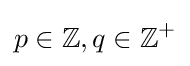
p\in \mathbb {Z} ,q\in \mathbb {Z} ^{+}